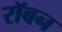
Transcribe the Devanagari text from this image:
रॉबन